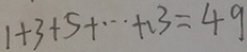
1 + 3 + 5 + \cdots + 1 3 = 4 9